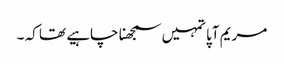
مریم آپا تمہیں سمجھنا چاہیے تھا کہ ۔